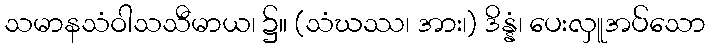
သမာနသံဝါသသီမာယ၊ ၌။ (သံဃဿ၊ အား၊) ဒိန္နံ၊ ပေးလှူအပ်သော